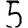
Digit: 5